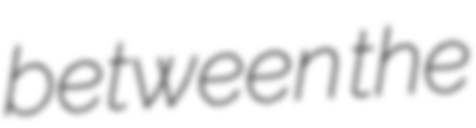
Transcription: between the